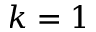
k = 1